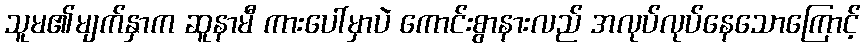
သူမ၏မျက်နှာက ဆူနာမီ ကားပေါ်မှာပဲ ကောင်းစွာနားလည် အလုပ်လုပ်နေသောကြောင့်